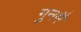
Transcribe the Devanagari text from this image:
गुनमैं